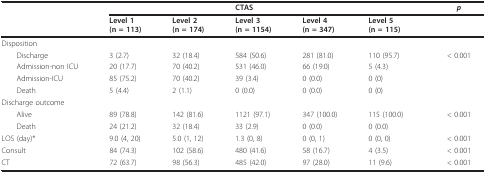
<table><thead><tr><td>[EMPTY_CELL]</td><td>[EMPTY_CELL]</td><td>[EMPTY_CELL]</td><td><b>CTAS</b></td><td>[EMPTY_CELL]</td><td>[EMPTY_CELL]</td><td><b><i>p</i></b></td></tr><tr><td>[EMPTY_CELL]</td><td><b>Level 1(n = 113)</b></td><td><b>Level 2(n = 174)</b></td><td><b>Level 3(n = 1154)</b></td><td><b>Level 4(n = 347)</b></td><td><b>Level 5(n = 115)</b></td><td>[EMPTY_CELL]</td></tr></thead><tbody><tr><td>Disposition</td><td>[EMPTY_CELL]</td><td>[EMPTY_CELL]</td><td>[EMPTY_CELL]</td><td>[EMPTY_CELL]</td><td>[EMPTY_CELL]</td><td>[EMPTY_CELL]</td></tr><tr><td> Discharge</td><td>3 (2.7)</td><td>32 (18.4)</td><td>584 (50.6)</td><td>281 (81.0)</td><td>110 (95.7)</td><td>&lt; 0.001</td></tr><tr><td> Admission-non ICU</td><td>20 (17.7)</td><td>70 (40.2)</td><td>531 (46.0)</td><td>66 (19.0)</td><td>5 (4.3)</td><td>[EMPTY_CELL]</td></tr><tr><td> Admission-ICU</td><td>85 (75.2)</td><td>70 (40.2)</td><td>39 (3.4)</td><td>0 (0.0)</td><td>0 (0)</td><td>[EMPTY_CELL]</td></tr><tr><td> Death</td><td>5 (4.4)</td><td>2 (1.1)</td><td>0 (0.0)</td><td>0 (0.0)</td><td>0 (0)</td><td>[EMPTY_CELL]</td></tr><tr><td>Discharge outcome</td><td>[EMPTY_CELL]</td><td>[EMPTY_CELL]</td><td>[EMPTY_CELL]</td><td>[EMPTY_CELL]</td><td>[EMPTY_CELL]</td><td>[EMPTY_CELL]</td></tr><tr><td> Alive</td><td>89 (78.8)</td><td>142 (81.6)</td><td>1121 (97.1)</td><td>347 (100.0)</td><td>115 (100.0)</td><td>&lt; 0.001</td></tr><tr><td> Death</td><td>24 (21.2)</td><td>32 (18.4)</td><td>33 (2.9)</td><td>0 (0.0)</td><td>0 (0.0)</td><td>[EMPTY_CELL]</td></tr><tr><td>LOS (day)*</td><td>9.0 (4, 20)</td><td>5.0 (1, 12)</td><td>1.3 (0, 8)</td><td>0 (0, 1)</td><td>0 (0, 0)</td><td>&lt; 0.001</td></tr><tr><td>Consult</td><td>84 (74.3)</td><td>102 (58.6)</td><td>480 (41.6)</td><td>58 (16.7)</td><td>4 (3.5)</td><td>&lt; 0.001</td></tr><tr><td>CT</td><td>72 (63.7)</td><td>98 (56.3)</td><td>485 (42.0)</td><td>97 (28.0)</td><td>11 (9.6)</td><td>&lt; 0.001</td></tr></tbody></table>